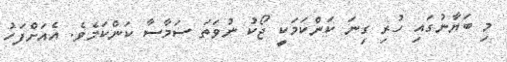
މި ބަޔާނުގައި ހުރި ގިނަ ކަންކަމަކީ ޖޯކު ނުވަތަ ސަމާސާ ކަންކަމެވެ. އެއަށްފަހު